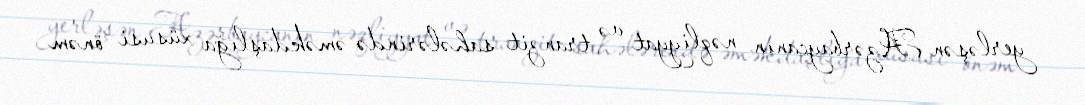
yerləşən Azərbaycanın nəqliyyat və tranzit sahələrində əməkdaşlığa xüsusi önəm